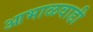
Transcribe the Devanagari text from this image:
आभाळवाडी